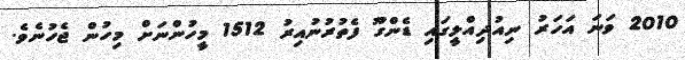
2010 ވަނަ އަހަރު ނިއުދިއްލީގައި ޑެންގޫ ފެތުރުނުއިރު 1512 މީހުންނަށް މިހުން ޖެހުނެވެ.